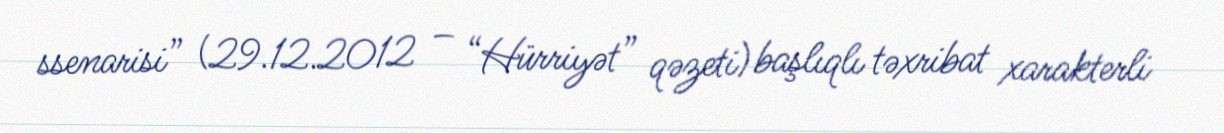
ssenarisi” (29.12.2012 – “Hürriyət” qəzeti) başlıqlı təxribat xarakterli